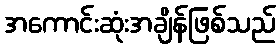
အကောင်းဆုံးအချိန်ဖြစ်သည်